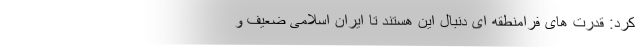
کرد: قدرت های فرامنطقه ای دنبال این هستند تا ایران اسلامی ضعیف و